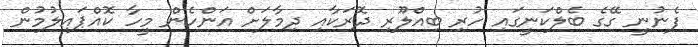
ފެނުނީ ގޭގެ ބެލްކަނީގައި ހުރި ބިއްލޫރި ދޮރަކާއި ދިމާލަށް އަންހެން މީހާ ކޮއްޕައިލުމުން